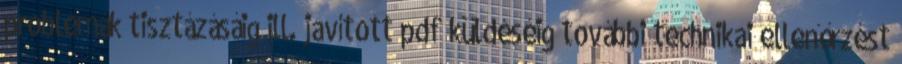
problémák tisztázásáig ill. javított pdf küldéséig további technikai ellenőrzést